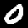
Label: 0